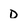
Character: D